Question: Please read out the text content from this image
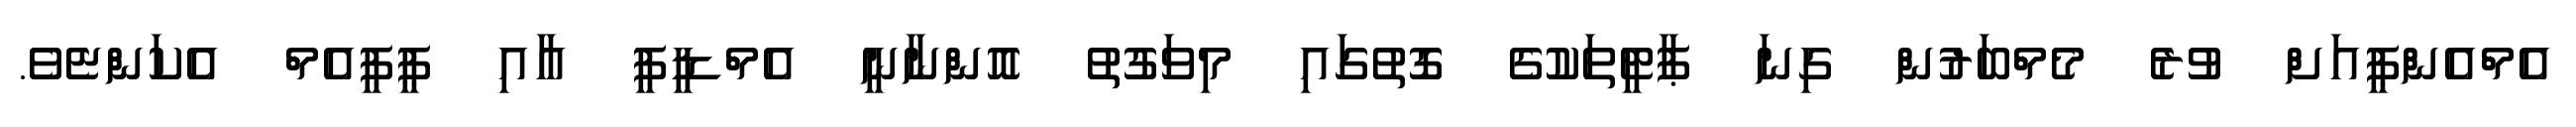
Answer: އެމްއެންޕީއަށް ވުރެ މެމްބަރުން ގިނަ ޕާޓީތަކުގެ ގޮތުގައި މިވަގުތު އޮންނާނީ އެމްޑީޕީ އާއި ޕީޕީއެމް އެކަންޏެވެ.